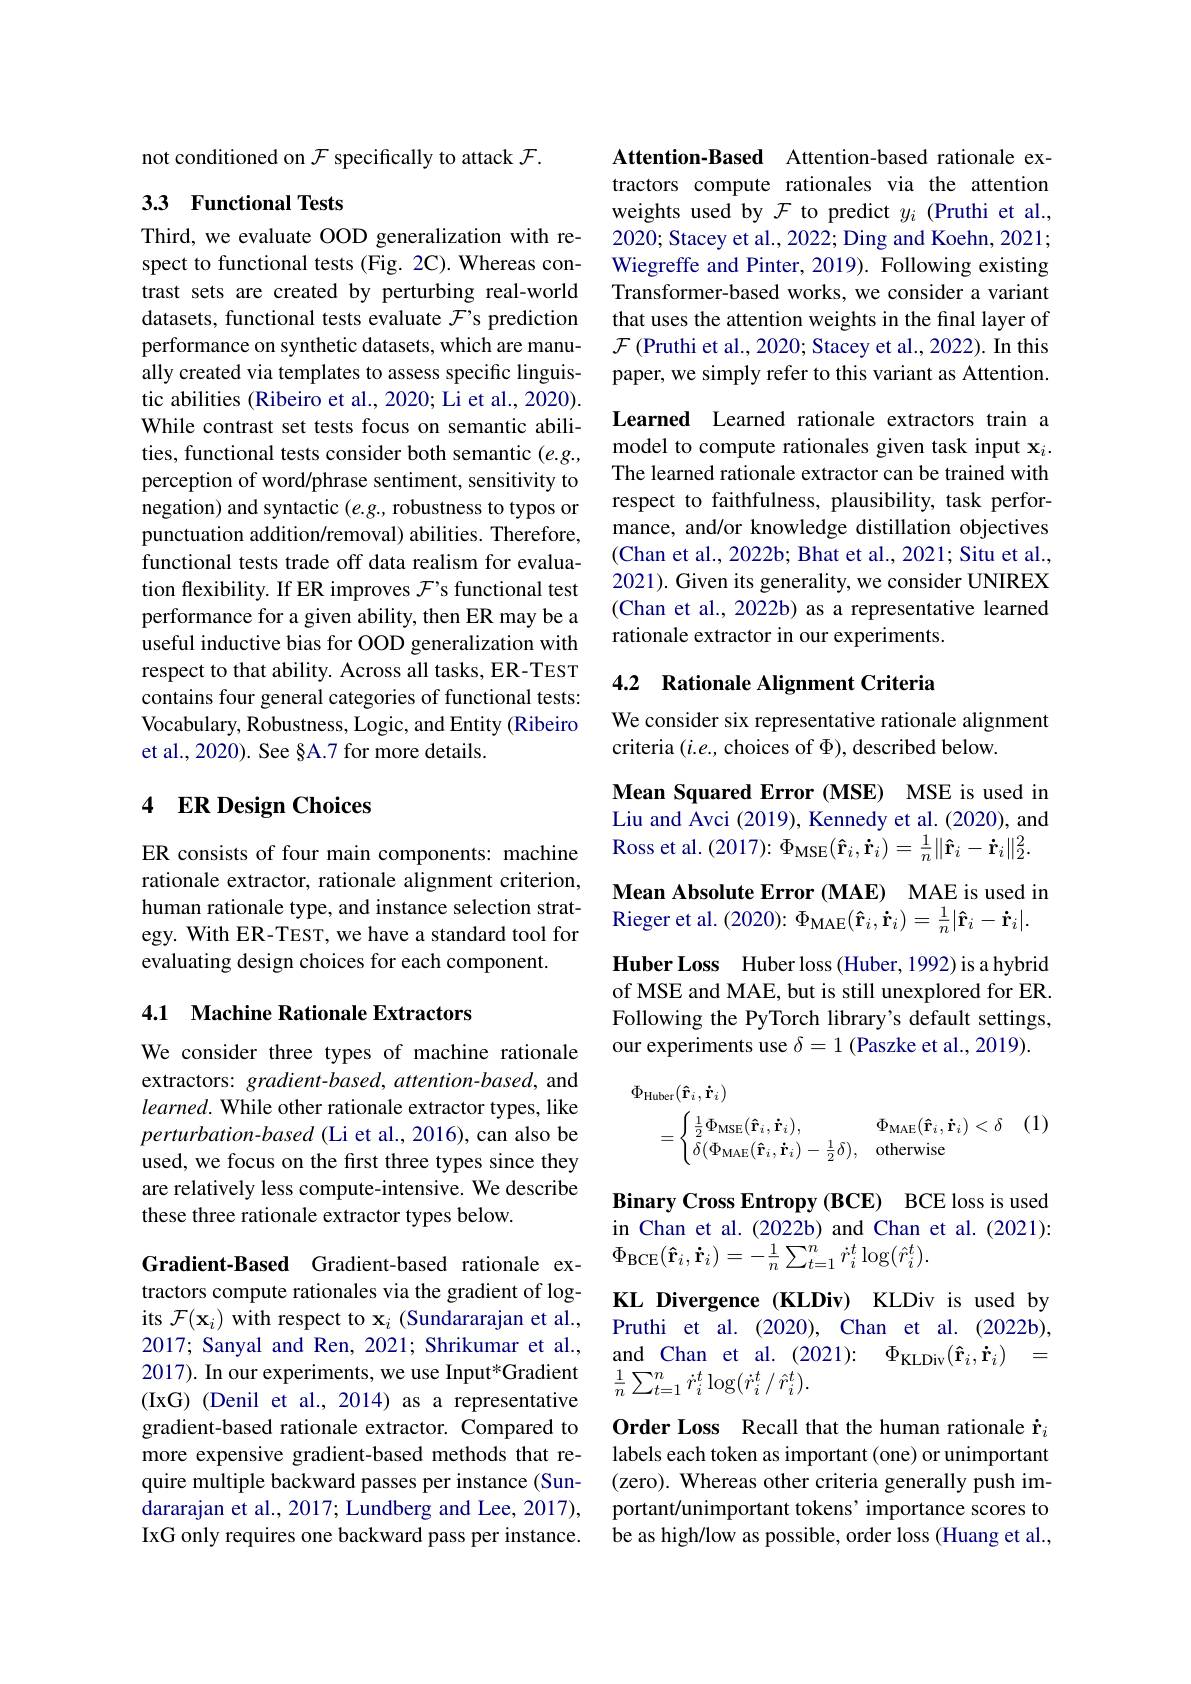
not conditioned on $\mathcal{F}$ specifically to attack $\mathcal{F}.$

### 33 Functional Tests

Third, we evaluate OOD generalization with respect to functional tests (Fig. 2C). Whereas contrast sets are created by perturbing real-world datasets, functional tests evaluate $\mathcal{F}^{\prime}$s prediction performance on synthetic datasets, which are manually created via templates to assess specific linguistic abilities (Ribeiro et al., 2020; Li et al., 2020). While contrast set tests focus on semantic abilities, functional tests consider both semantic (e.g., perception of word/phrase sentiment, sensitivity to negation) and syntactic $(e.g.$, robustness to typos or punctuation addition/removal) abilities. Therefore, functional tests trade off data realism for evaluation flexibility. If ER improves $\mathcal{F}$'s functional test performance for a given ability, then ER may be a useful inductive bias for OOD generalization with respect to that ability. Across all tasks, ER-TEST contains four general categories of functional tests: Vocabulary, Robustness, Logic, and Entity (Ribeiro et al., 2020). See §A.7 for more details.

## 4 ER Design Choices

ER consists of four main components: machine rationale extractor, rationale alignment criterion, human rationale type, and instance selection strategy. With ER-TEST, we have a standard tool for evaluating design choices for each component.

## 4.1 Machine Rationale Extractors

We consider three types of machine rationale extractors: gradient-based, attention-based, and learned. While other rationale extractor types, like perturbation-based (Li et al., 2016), can also be used, we focus on the first three types since they are relatively less compute-intensive. We describe these three rationale extractor types below.

tractors compute rationales via the gradient of logits $\mathcal{F}(\mathbf{x}_i)$ with respect to $\mathbf{x}_i$ (Sundararajan et al., 2017; Sanyal and Ren, 2021; Shrikumar et al., 2017). In our experiments, we use Input*Gradient (IxG) (Denil et al., 2014) as a representative gradient-based rationale extractor. Compared to more expensive gradient-based methods that require multiple backward passes per instance (Sundararajan et al., 2017; Lundberg and Lee, 2017), IxG only requires one backward pass per instance.

Attention-Based Attention-based rationale extractors compute rationales via the attention weights used by $\mathcal{F}$ to predict $y_i$ (Pruthi et al., 2020; Stacey et al., 2022; Ding and Koehn, 2021; Wiegreffe and Pinter, 2019). Following existing Transformer-based works, we consider a variant that uses the attention weights in the final layer of $\mathcal{F}$ (Pruthi et al., 2020; Stacey et al., 2022). In this paper, we simply refer to this variant as Attention. Learned Learned rationale extractors train a model to compute rationales given task input $\mathbf{x}_i.$ The learned rationale extractor can be trained with respect to faithfulness, plausibility, task performance, and/or knowledge distillation objectives (Chan et al., 2022b; Bhat et al., 2021; Situ et al., 2021). Given its generality, we consider UNIREX (Chan et al., 2022b) as a representative learned rationale extractor in our experiments.

## 4.2 Rationale Alignment Criteria

We consider six representative rationale alignment
criteria $(i.e.$, choices of $\Phi)$, described below.

Mean Squared Error (MSE) MSE is used in Liu and Avci (2019), Kennedy et al. (2020), and ${\mathrm{Ross~et~al.~(2017):~\Phi_{\mathrm{MSE}}(\hat{\mathbf{r}}_{i},\dot{\mathbf{r}}_{i})=\frac{1}{n}\|\hat{\mathbf{r}}_{i}-\dot{\mathbf{r}}_{i}\|_{2}^{2}.}}$ Mean Absolute Error (MAE) MAE is used in Rieger et al. ( 2020) : $\Phi _{MAE}$( $\hat{\mathbf{r} } _{i}$, $\dot{\mathbf{r} } _{i}$) = $\frac 1n$| $\hat{\mathbf{r} } _{i}$- $\dot{\mathbf{r} } _{i}$| . Huber Loss Huber loss (Huber, 1992) is a hybrid of MSE and MAE, but is still unexplored for ER. Following the PyTorch library's default settings, our experiments use $\delta=1$ (Paszke et al., 2019).
$$\begin{aligned}&\Phi_{\mathrm{Huber}}(\mathbf{\hat{r}}_{i},\mathbf{\dot{r}}_{i})\\&=\begin{cases}\frac{1}{2}\Phi_{\mathrm{MSE}}(\mathbf{\hat{r}}_{i},\mathbf{\dot{r}}_{i}),&\Phi_{\mathrm{MAE}}(\mathbf{\hat{r}}_{i},\mathbf{\dot{r}}_{i})<\delta\\\delta(\Phi_{\mathrm{MAE}}(\mathbf{\hat{r}}_{i},\mathbf{\dot{r}}_{i})-\frac{1}{2}\delta),&\mathrm{otherwise}\end{cases}(1)\end{aligned}$$
Binary Cross Entropy (BCE) BCE loss is used in Chan et al.(2022b) and Chan et al.(2021):
Gradient-Based Gradient-based rationale ex- $\Phi_{\mathrm{BCE}}(\mathbf{\hat{r}}_i,\mathbf{\dot{r}}_i)=-\frac1n\sum_{t=1}^n\dot{r}_i^t\log(\hat{r}_i^t).$

KL Divergence (KLDiv) KLDiv is used by Pruthi et al.(2020), Chan et al.(2022b), and Chan et al. (2021): $\Phi _\mathrm{KLDiv}( \mathbf{\hat{r} } _i, \mathbf{\hat{r} } _i)$ = $\frac{1}{n}\sum_{t=1}^{n}\dot{r}_{i}^{t}\log(\dot{r}_{i}^{t}/\hat{r}_{i}^{t}).$

Order Loss Recall that the human rationale $\dot{\mathbf{r}}_i$ labels each token as important (one) or unimportant (zero). Whereas other criteria generally push important/unimportant tokens' importance scores to be as high/low as possible, order loss (Huang et al.,